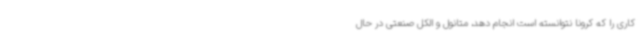
کاری را که کرونا نتوانسته است انجام دهد، متانول و الکل صنعتی در حال